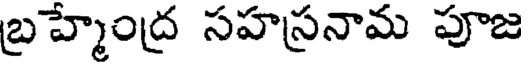
బ్రహ్మేంద్ర సహస్రనామ పూజ